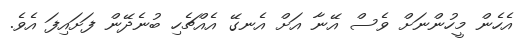
އެހެން މީހުންނަށް ވެސް އޭނާ އަށް އެނގޭ އެއްޗެހި ބުނެދޭން ފަށައިފަ އެވެ.